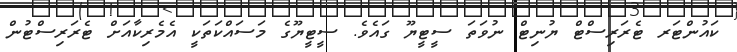
ކައުންޓަރ ޓެރަރިސްޓް ޔުނިޓް ނުވަތަ ސީޓީޔޫ ގައެވެ. ސީޓީޔޫގެ މަސައްކަތަކީ އެމެރިކާއަށް ޓެރަރިސްޓުން